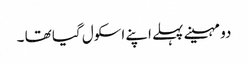
دو مہینے پہلے اپنے اسکول گیا تھا ۔